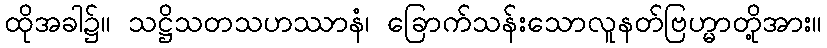
ထိုအခါ၌။ သဋ္ဌိသတသဟဿာနံ၊ ခြောက်သန်းသောလူနတ်ဗြဟ္မာတို့အား။